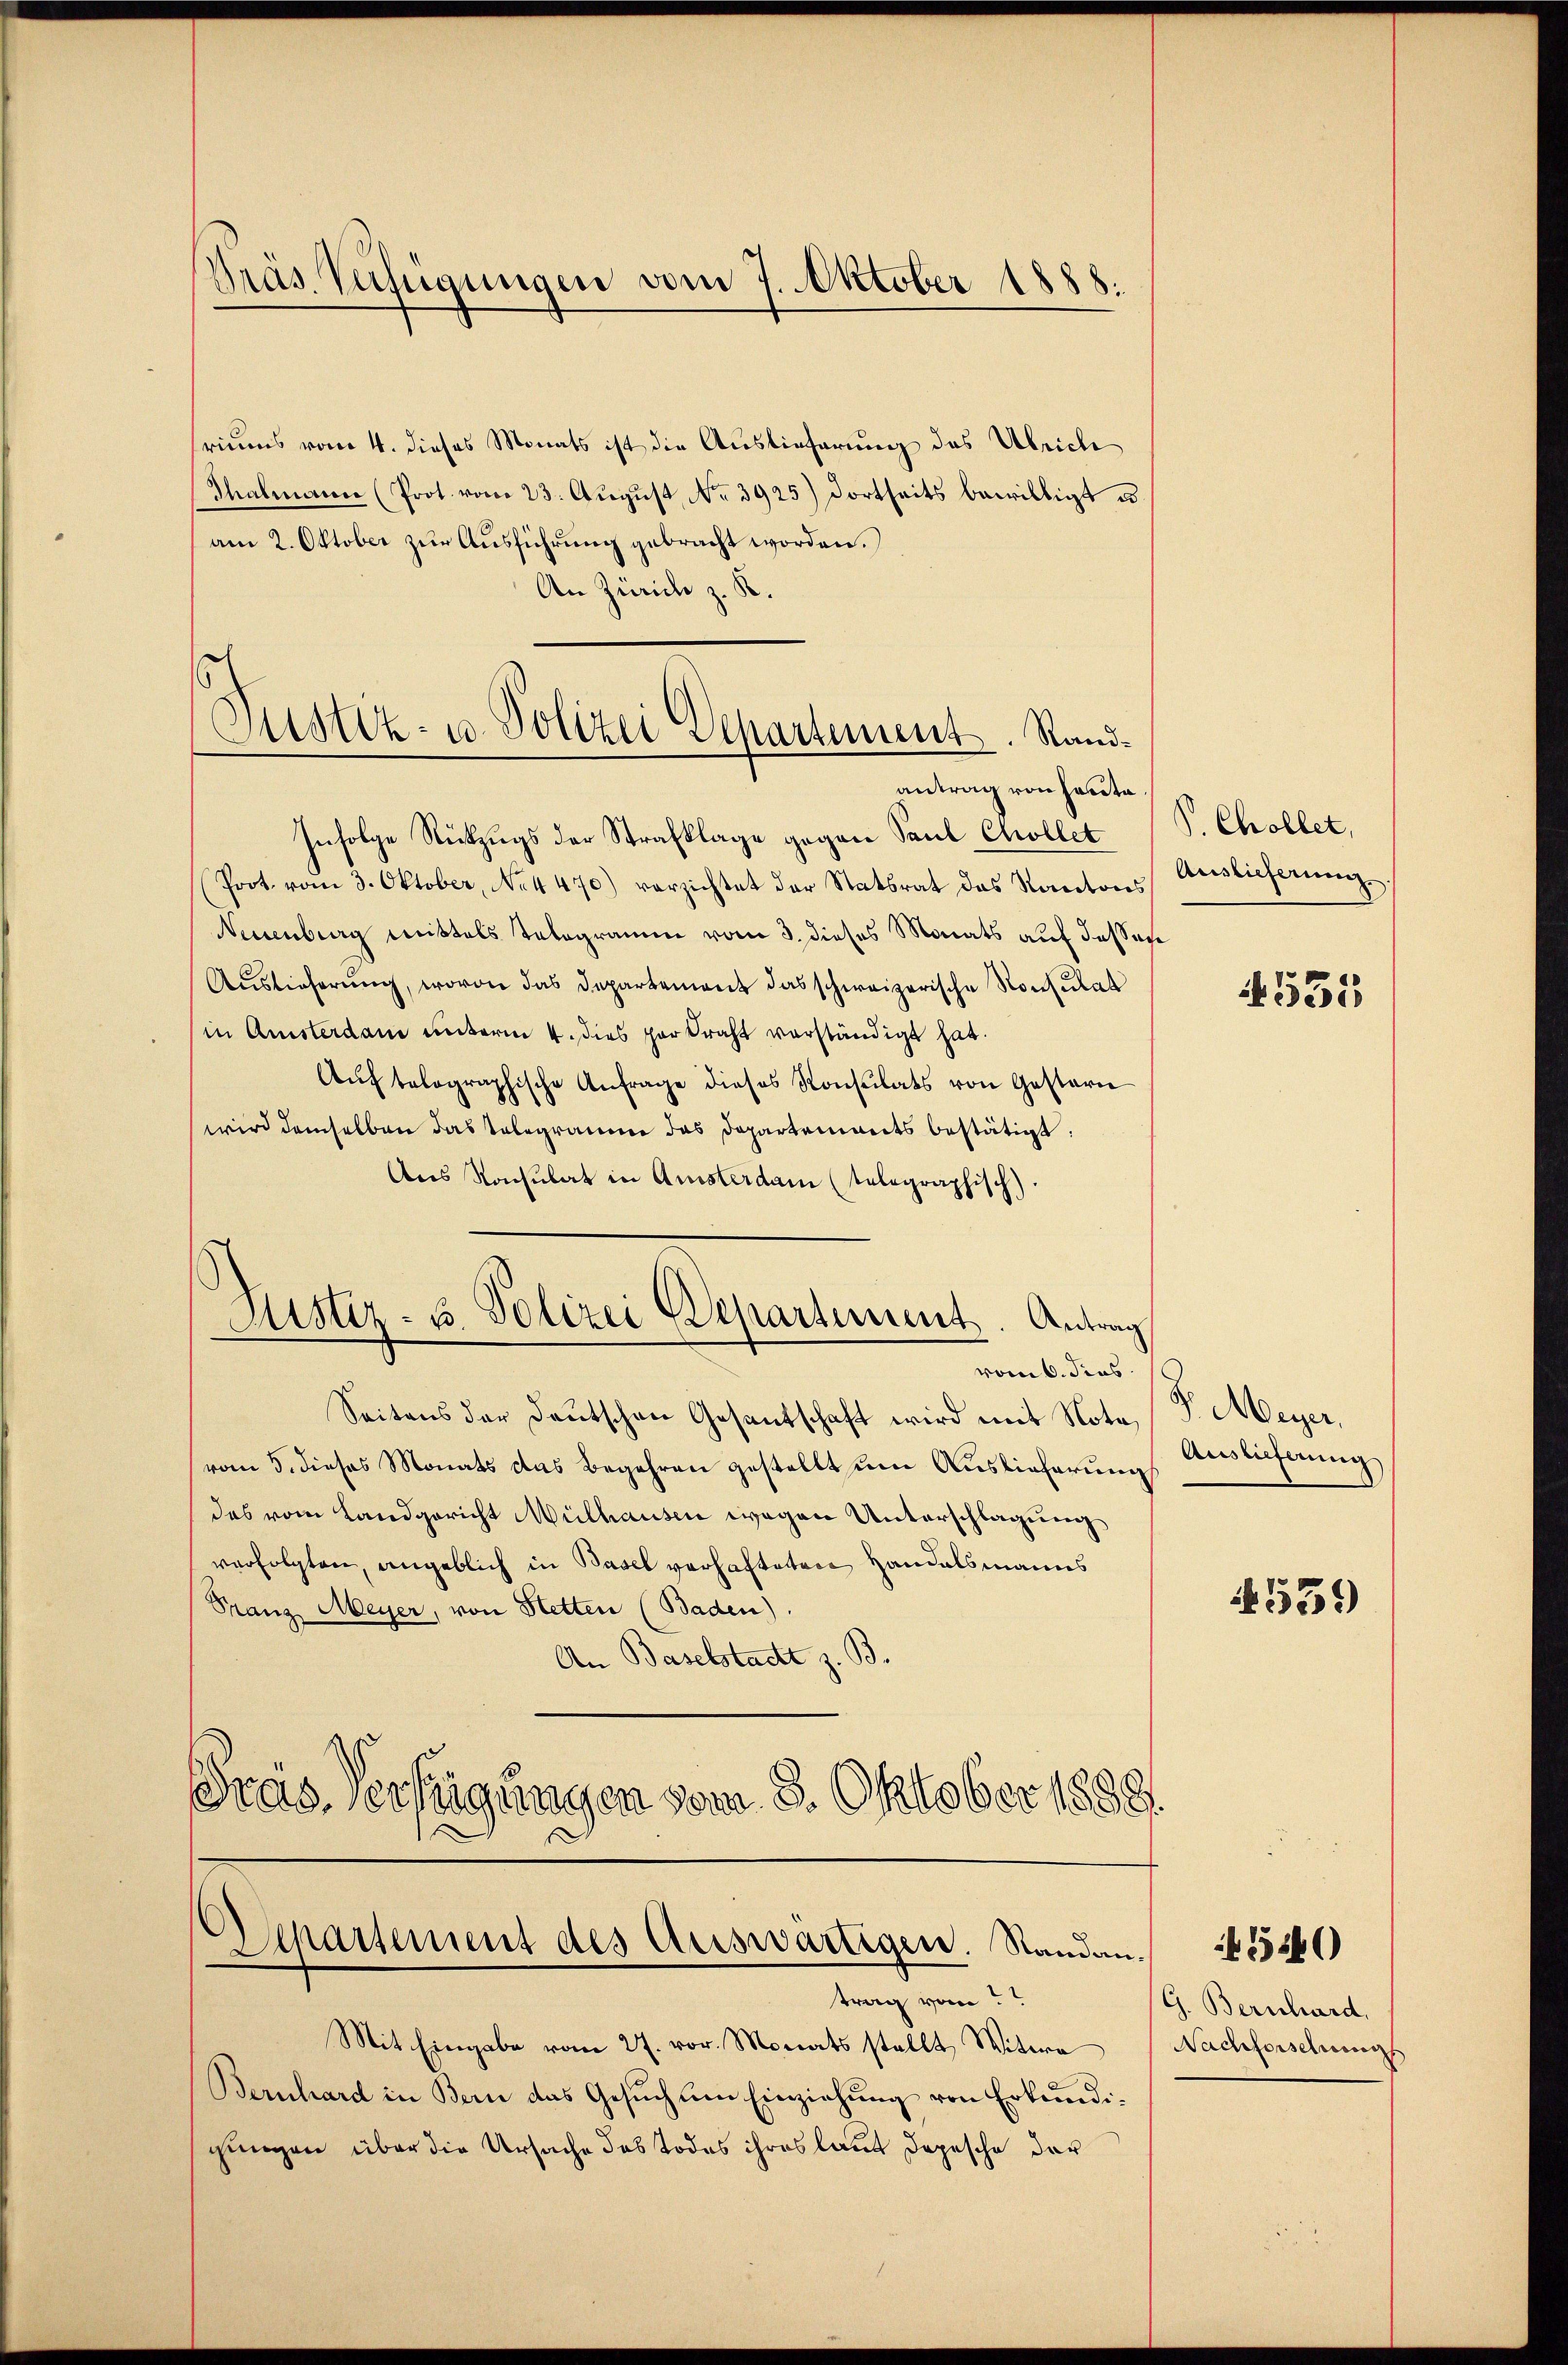
Kräs. Verfügungen vom 7. Oktober 1888.

riums vom 4. dieses Monats ist die Auslieferung des Ulrich
Thalmanne (Prot. vom 23. Aŭgŭst No. 3925) Dortseits bewilligt u.
am 2. Oktober zur Ausführung gebracht worden.
An Zürich z. R.

Justiz- u. Polizei Departement. Standantrag von heute.

Infolge Rückzugs der Strafklage gegen Paul Chollet
Prot. vom 3. Oktober, No 4470) vorzichtet der Statsrat das Kantons
Neuenburg mittels Telegramm vom 3. dieses Monats auf dassese
Auslieferung, wovon das Departement das schweizerische Konsulat
in Amsterdam unterm 4. dies par Kraft verständigt hat.
Aŭftolographische Anfrage dieses Konsulats von Gestern
wird demselben das Telegramme das Departements bestätigt.
Ans Konsulat in Amsterdam (telegraphisch).
Seitens der Deutschen Gesantschaft wird mit Nota, P. Meyer,
vom 5. dieses Monats das Begehren gestellt um Auslieferung Euslieferung
des vom Landgericht Mülhausen wegen Unterschlagung
verfolgten, angeblich in Basel verhafteten Handelsmanns
Franz Meyer, von Hetten (Baden).
An Baselstadt z. B.
Gras Verfügungen vom 8. Oktober 1889.
f

Justiz- u. Polizei Departement. Antrag
vom 6. dies

Departement des Auswärtigen. Standantrag vom

Mit Eingabe vom 27. vor. Monats stellt, Witwe
Bernhard in Bern das Gesuch um Einziehung von Erkundigungen über die Ursache das Todes ihres laut Depesche der

S. Chollet,
Auslieferung

4535

1559

G. Bernhard.
Nachforschweig

540